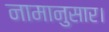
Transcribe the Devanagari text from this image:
नामानुसार।